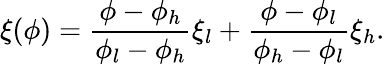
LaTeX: \xi(\phi)=\frac{{\phi-{\phi_{h}}}}{{{\phi_{l}}-{\phi_{h}}}}{\xi_{l}}+\frac{{\phi-{\phi_{l}}}}{{{\phi_{h}}-{\phi_{l}}}}{\xi_{h}}.